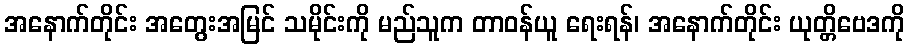
အနောက်တိုင်း အတွေးအမြင် သမိုင်းကို မည်သူက တာဝန်ယူ ရေးရန်၊ အနောက်တိုင်း ယုတ္တိဗေဒကို